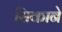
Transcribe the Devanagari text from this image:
सिकाने